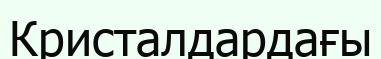
Кристалдардағы